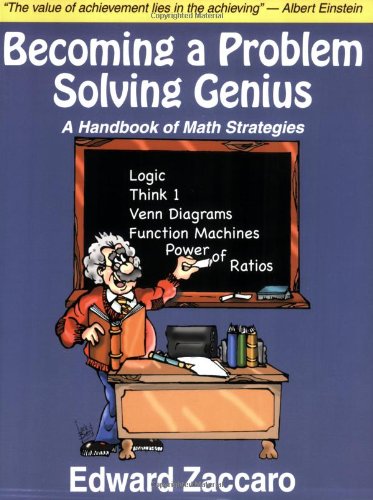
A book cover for Becoming a Problem Solving Genius: A Handbook of Math Strategies; Edward Zaccaro; Business & Money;